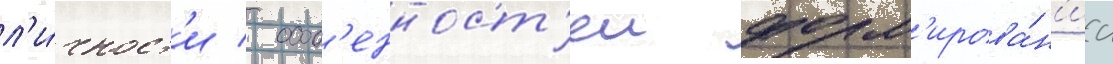
л'и́чност'и / особ'енност'еи форм'ирова́н'иа